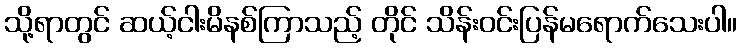
သို့ရာတွင် ဆယ့်ငါးမိနစ်ကြာသည့် တိုင် သိန်းဝင်းပြန်မရောက်သေးပါ။